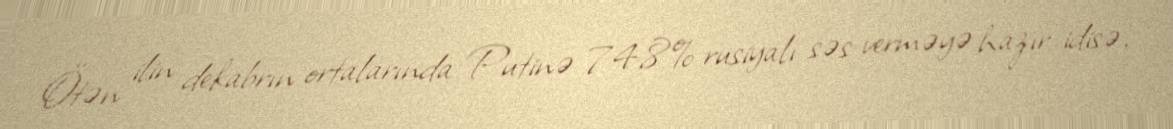
Ötən ilin dekabrın ortalarında Putinə 74,8% rusiyalı səs verməyə hazır idisə,